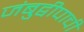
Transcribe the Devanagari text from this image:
जंबुद्वीपाची